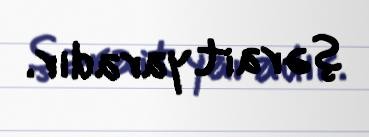
şərait yaradır.